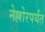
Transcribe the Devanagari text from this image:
नेल्लोरपर्यंत